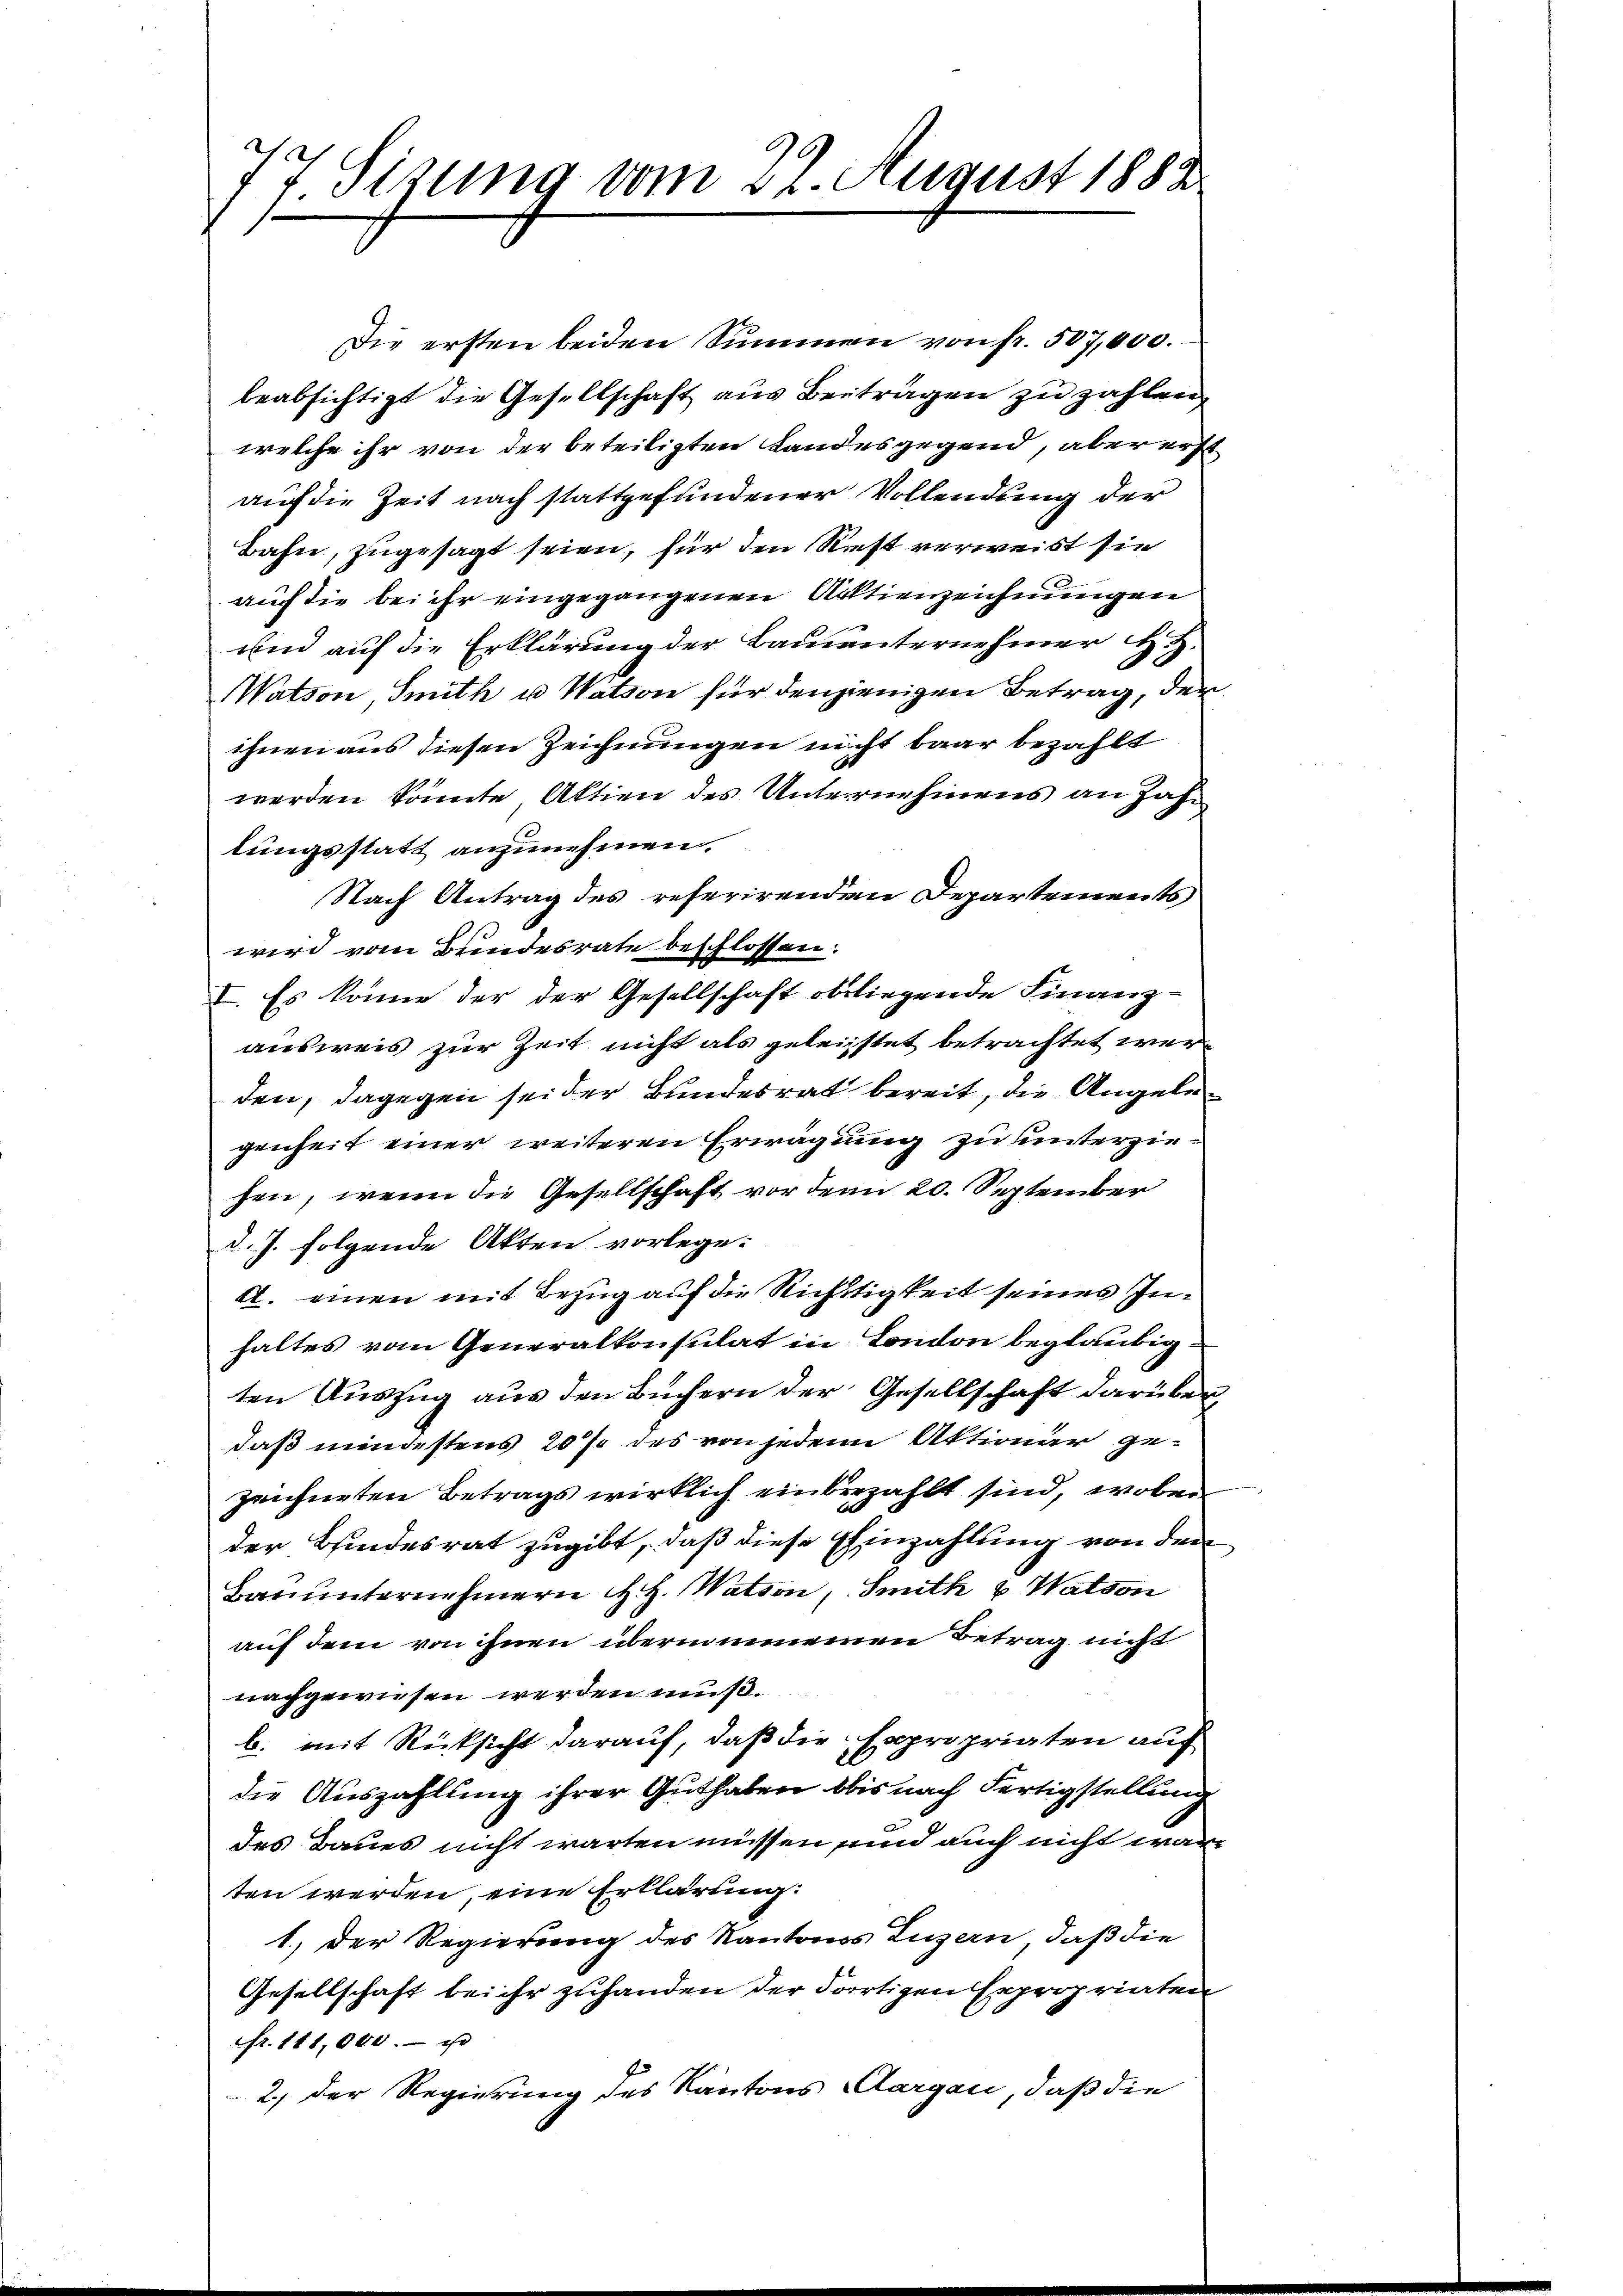
d
77 Sizung vom 27. August 1882

Die ersten beiden Summen von fr. 507,000.
beabsichtigt die Gesellschaft aus Beiträgen zu zahlen,
welche ihr von der beteiligten Landesgegend, aber erst
auf die Zeit nach stattgefundener Vollendung der
Bahn, zugesagt seien, für den Rest verweist sie
auch die bei ihr eingegangenen Aktienzeichnungen
und auf die Erklärung der Bauunternehmer H. H.
Matson, Smith u. Nation für denjenigen Betrag, den
ihnen aus diesen Zeichnungen nicht baar bezahlt
werden könnte Aktien des Unternehmens an Zahn
lungsstatt anzunehmen.
Nach Antrag des referirenden Departements
wird vom Brendesrate beschlossen:
I. Es könne der der Gesellschaft obliegende Finanz-
ausweis zur Zeit nicht als geleistet betrachtet werden, dagegen sei der Bundesrat bereit, die Angelegenheit einer weiteren Erwägung zu unterziehen, wenn die Gesellschaft vor den 20. September
d. J. folgende Akten vorlege:
2. einen mit Bezug auf die Richtigkeit seines Inhaltes vom Generalkonsulat in London beglaubig
ten Auszug aus den Büchern der Gesellschaft darüber
daß mindestens 20% des von jedem Aktionär gezeichneten Betrags wirklich einbezahlt sind, wobei
der Bindesrat zugibt, daß diese Einzahlung von den
Bauunternehmern H. H. Nation, Smith & Wation
auf dem von ihnen übernommenen Betrag nicht
nachgewiesen werden muß.
b. mit Rücksicht darauf, daß die Expropriaten auf
die Auszahlung ihrer Guthaben obis nach Fertigstellung
des Baues nicht warten müssen und auch nicht wäre
ten werden, eine Erklärung:
1.) Der Regierung des Kantons Luzern, daß die
Gesellschaft bei ihr zuhanden der dortigen Expropriaten
fr. 111,000.- i
2.) Der Regierung des Kantons Aargau, daß die